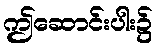
ဤဆောင်းပါး၌